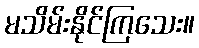
မသိမ်းနိုင်ကြသေး။